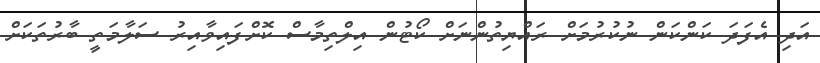
އަދި އެފަދަ ކަންކަން ނުކުރުމަށް ރައްޔިތުންނަށް ކޯޓުން އިލްތިމާސް ކޮށްފައިވާއިރު ސަލާމަތީ ބާރުތަކަށް